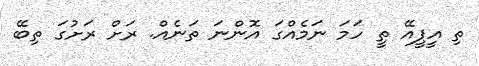
ތި އީޕީއޭ ތީ ހަމަ ނަމެއްގަ އޮންނަ ތަނެއް. ރަށް ރަށުގަ ތިބޭ